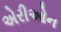
એરીઓન